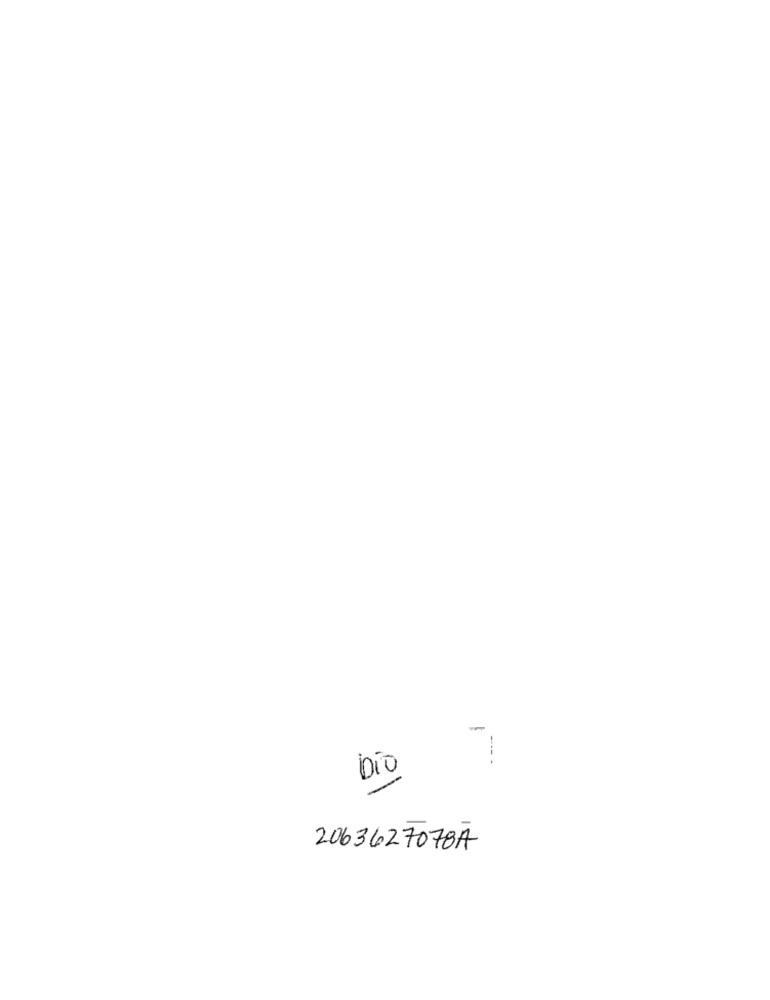
-
Dio
2063627078A